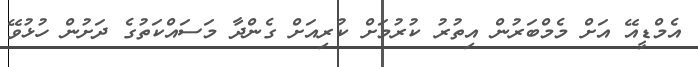
އެމްޑީއޭ އަށް މެމްބަރުން އިތުރު ކުރުމަށް ކުރިއަށް ގެންދާ މަސައްކަތުގެ ދަށުން ހުޅުވޭ